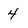
Character: 4